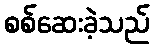
စစ်ဆေးခဲ့သည်